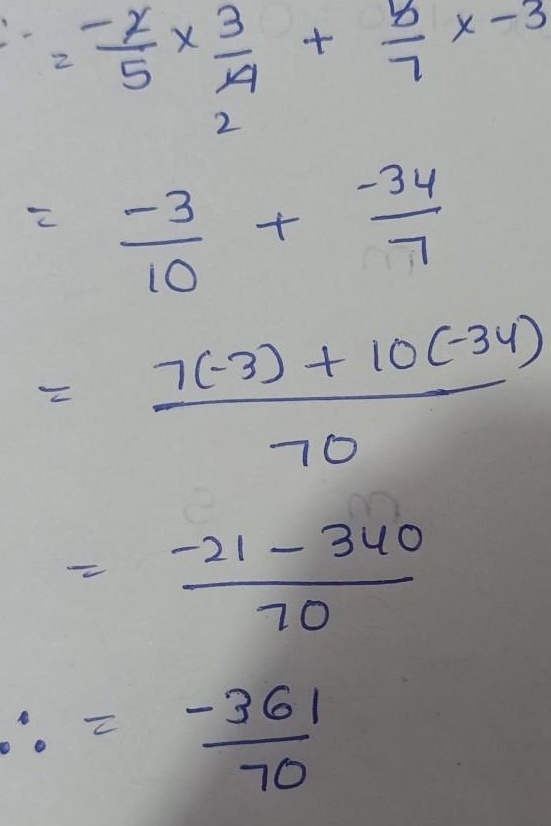
\begin{align*}
&=\frac{-2}{5}\times\frac{3}{4}+\frac{- 34}{7}\times(-3)\\
&=\frac{-3}{10}+\frac{102}{7}\\
&=\frac{7\times(-3)+10\times102}{70}\\
&=\frac{-21 + 1020}{70}\\
&=\frac{999}{70}
\end{align*}

原内容中第二步到第三步计算有误，\(\frac{-34}{7}\times(-3)=\frac{102}{7}\)，不是\(\frac{-34}{7}\) ，按照正确计算修改后如上。